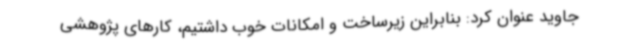
جاوید عنوان کرد: بنابراین زیرساخت و امکانات خوب داشتیم، کارهای پژوهشی